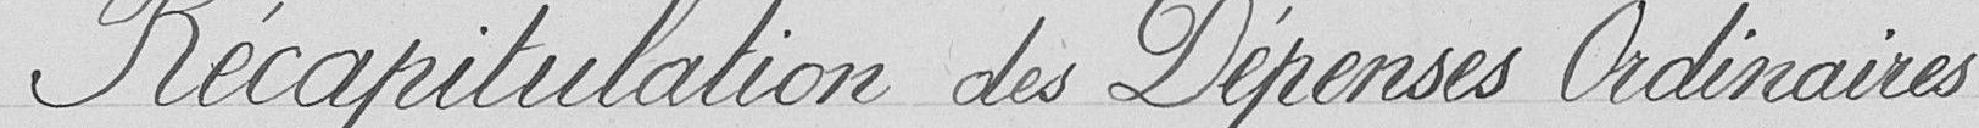
Récapitulation des Dépenses Ordinaires